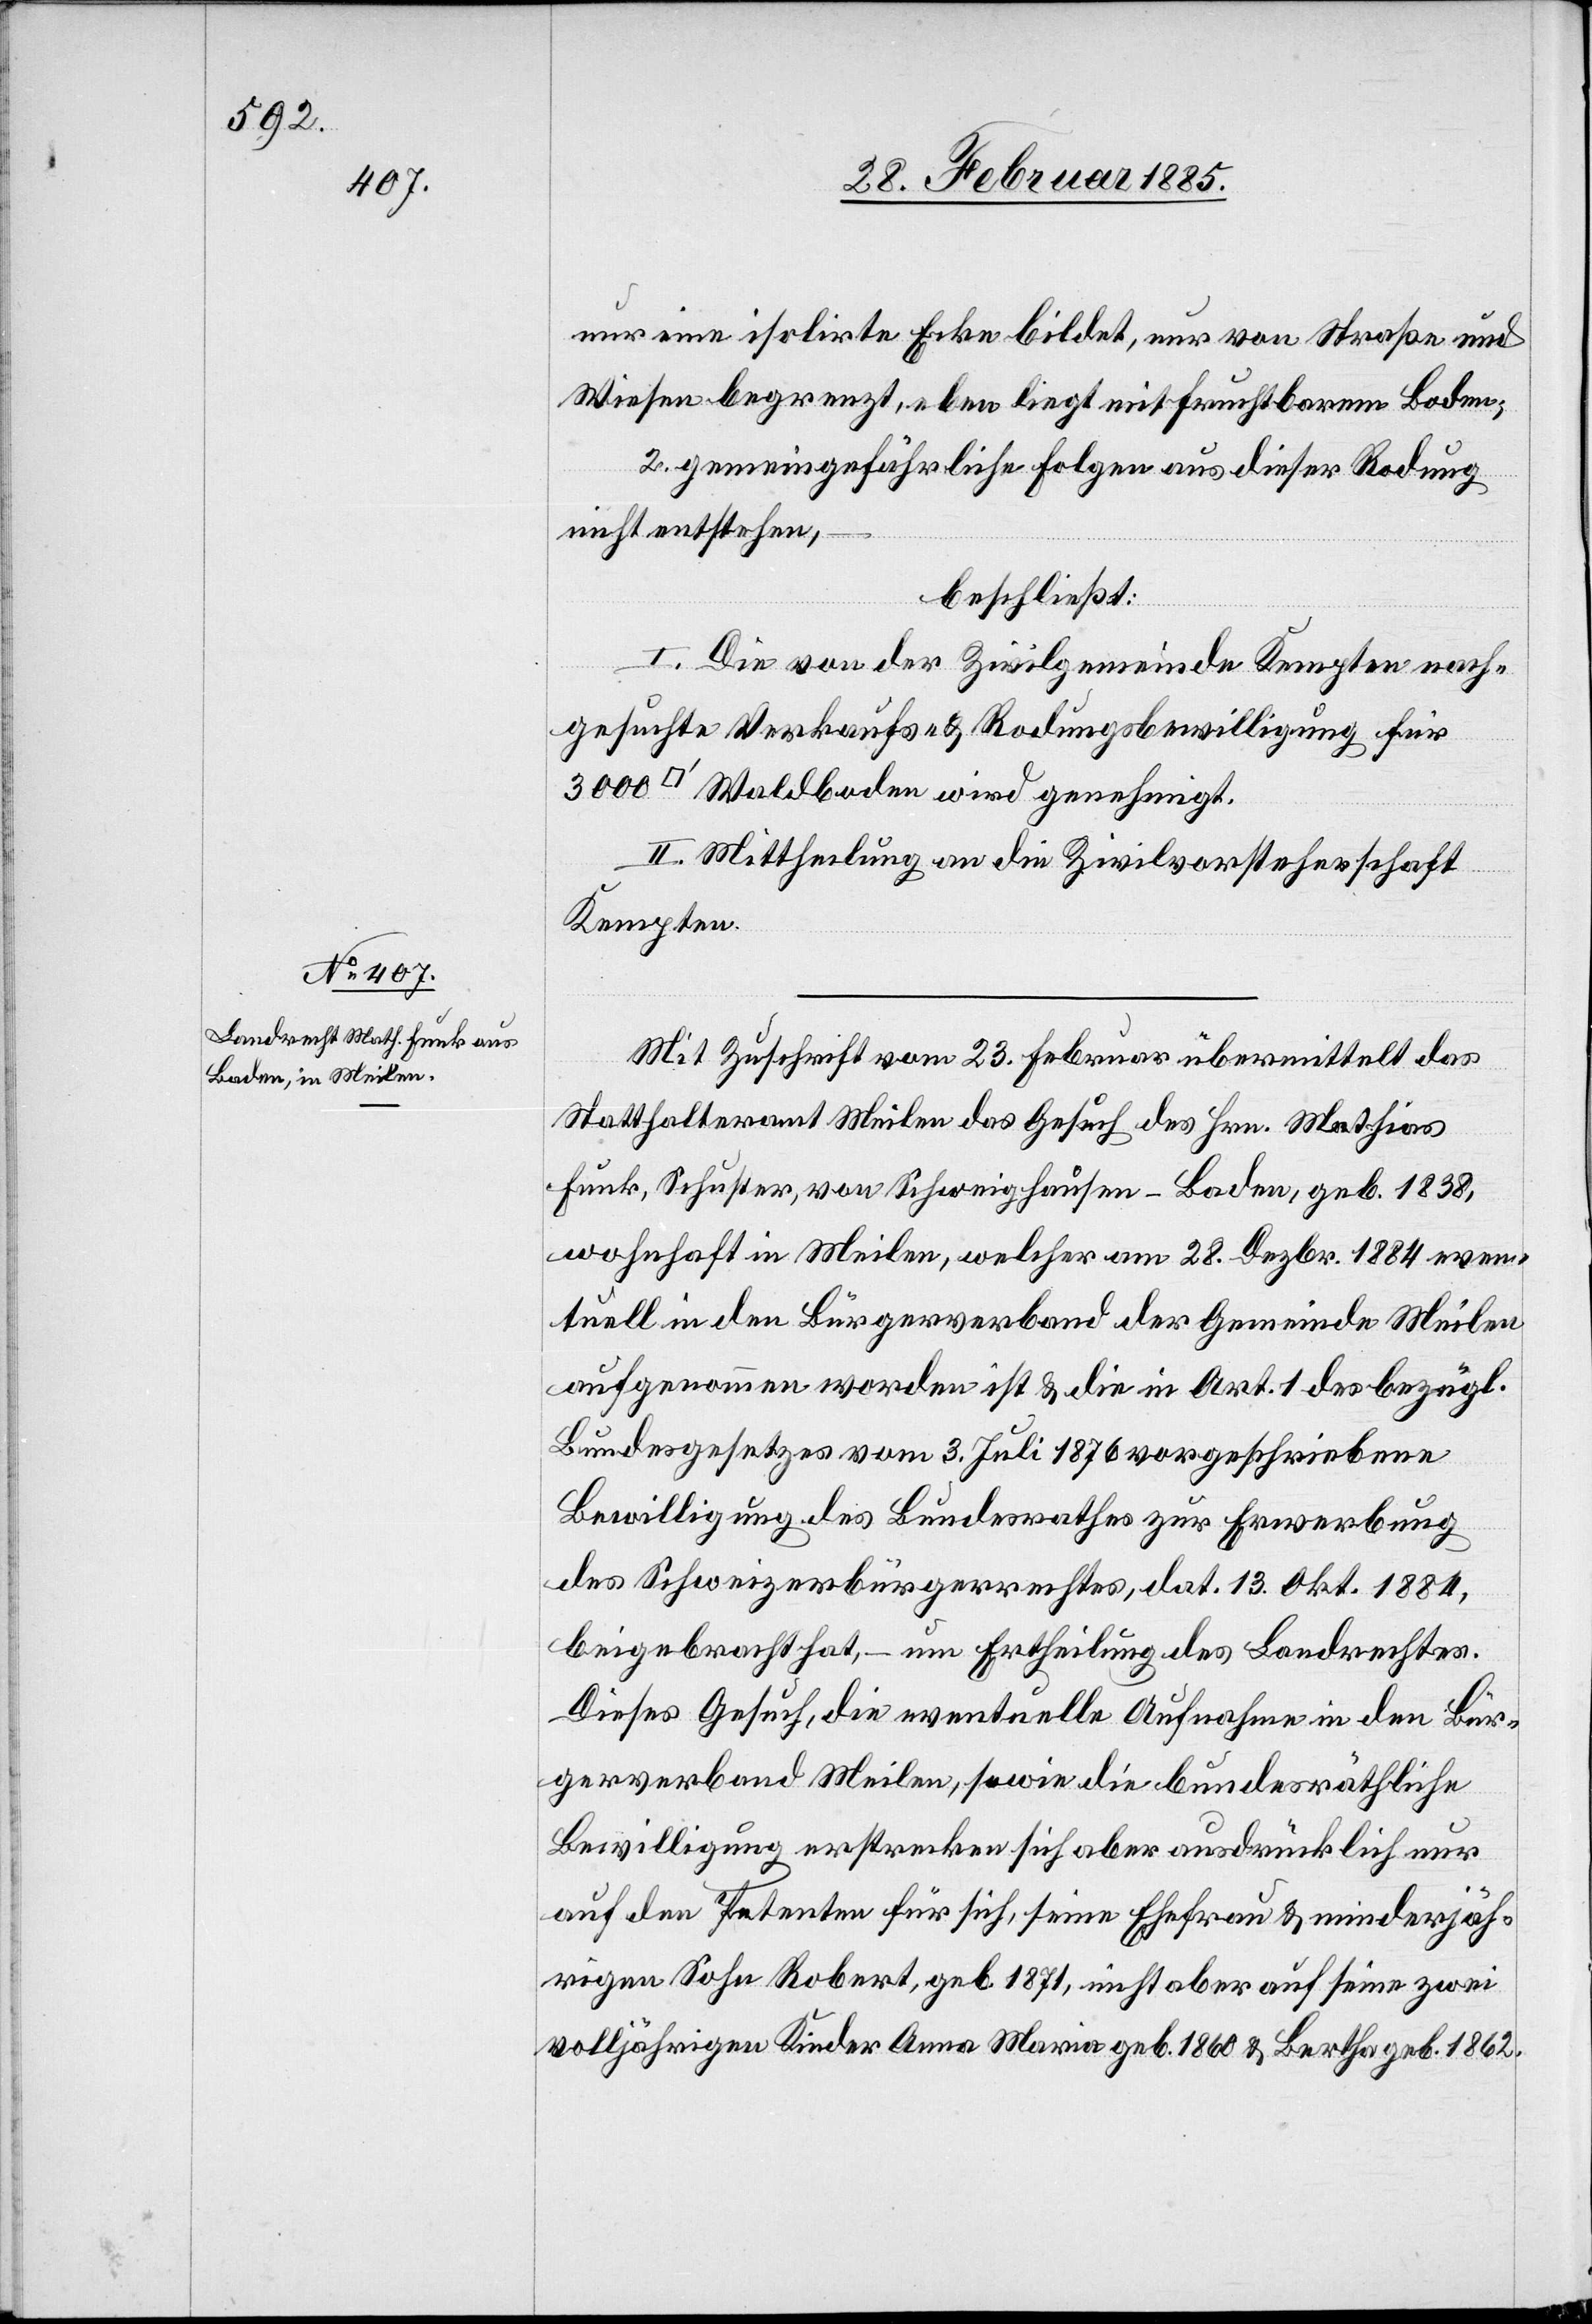
nur eine isolirte Ecke bildet, nur von Straße und
Wiesen begrenzt, eben liegt mit fruchtbarem Boden;
2. gemeingefährliche Folgen aus dieser Rodung
nicht entstehen,
beschließt:
I. Die von der Zivilgemeinde Kempten nach¬
gesuchte Verkaufs- & Rodungsbewilligung für
wird
II. Mittheilung an die Zivilvorsteherschaft
Kempten.
Mit Zuschrift vom 23. Februar übermittelt das
Statthalteramt Meilen das Gesuch des Hrn. Mathias
Funk, Schuster, von Schweighausen - Baden, geb. 1838,
wohnhaft in Meilen, welcher am 28. Dezbr. 1884 even¬
tuell in den Bürgerverband der Gemeinde Meilen
aufgenommen worden ist & die in Art. 1 des bezügl.
Bundesgesetzes vom 3. Juli 1876 vorgeschriebene
Bewilligung des Bundesrathes zur Erwerbung
des Schweizerbürgerrechtes, dat. 13. Okt. 1884,
beigebracht hat, – um Ertheilung des Landrechtes.
Dieses Gesuch, die eventuelle Aufnahme in den Bür¬
gerverband Meilen, sowie die bundesräthliche
Bewilligung erstrecken sich aber ausdrücklich nur
auf den Petenten für sich, seine Ehefrau & minderjäh¬
rigen Sohn Robert, geb. 1871, nicht aber auf seine zwei
volljährigen Kinder Anna Maria geb. 1860 & Bertha geb. 1862.